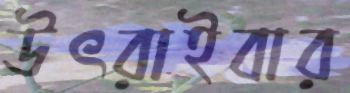
উৎরাইবার